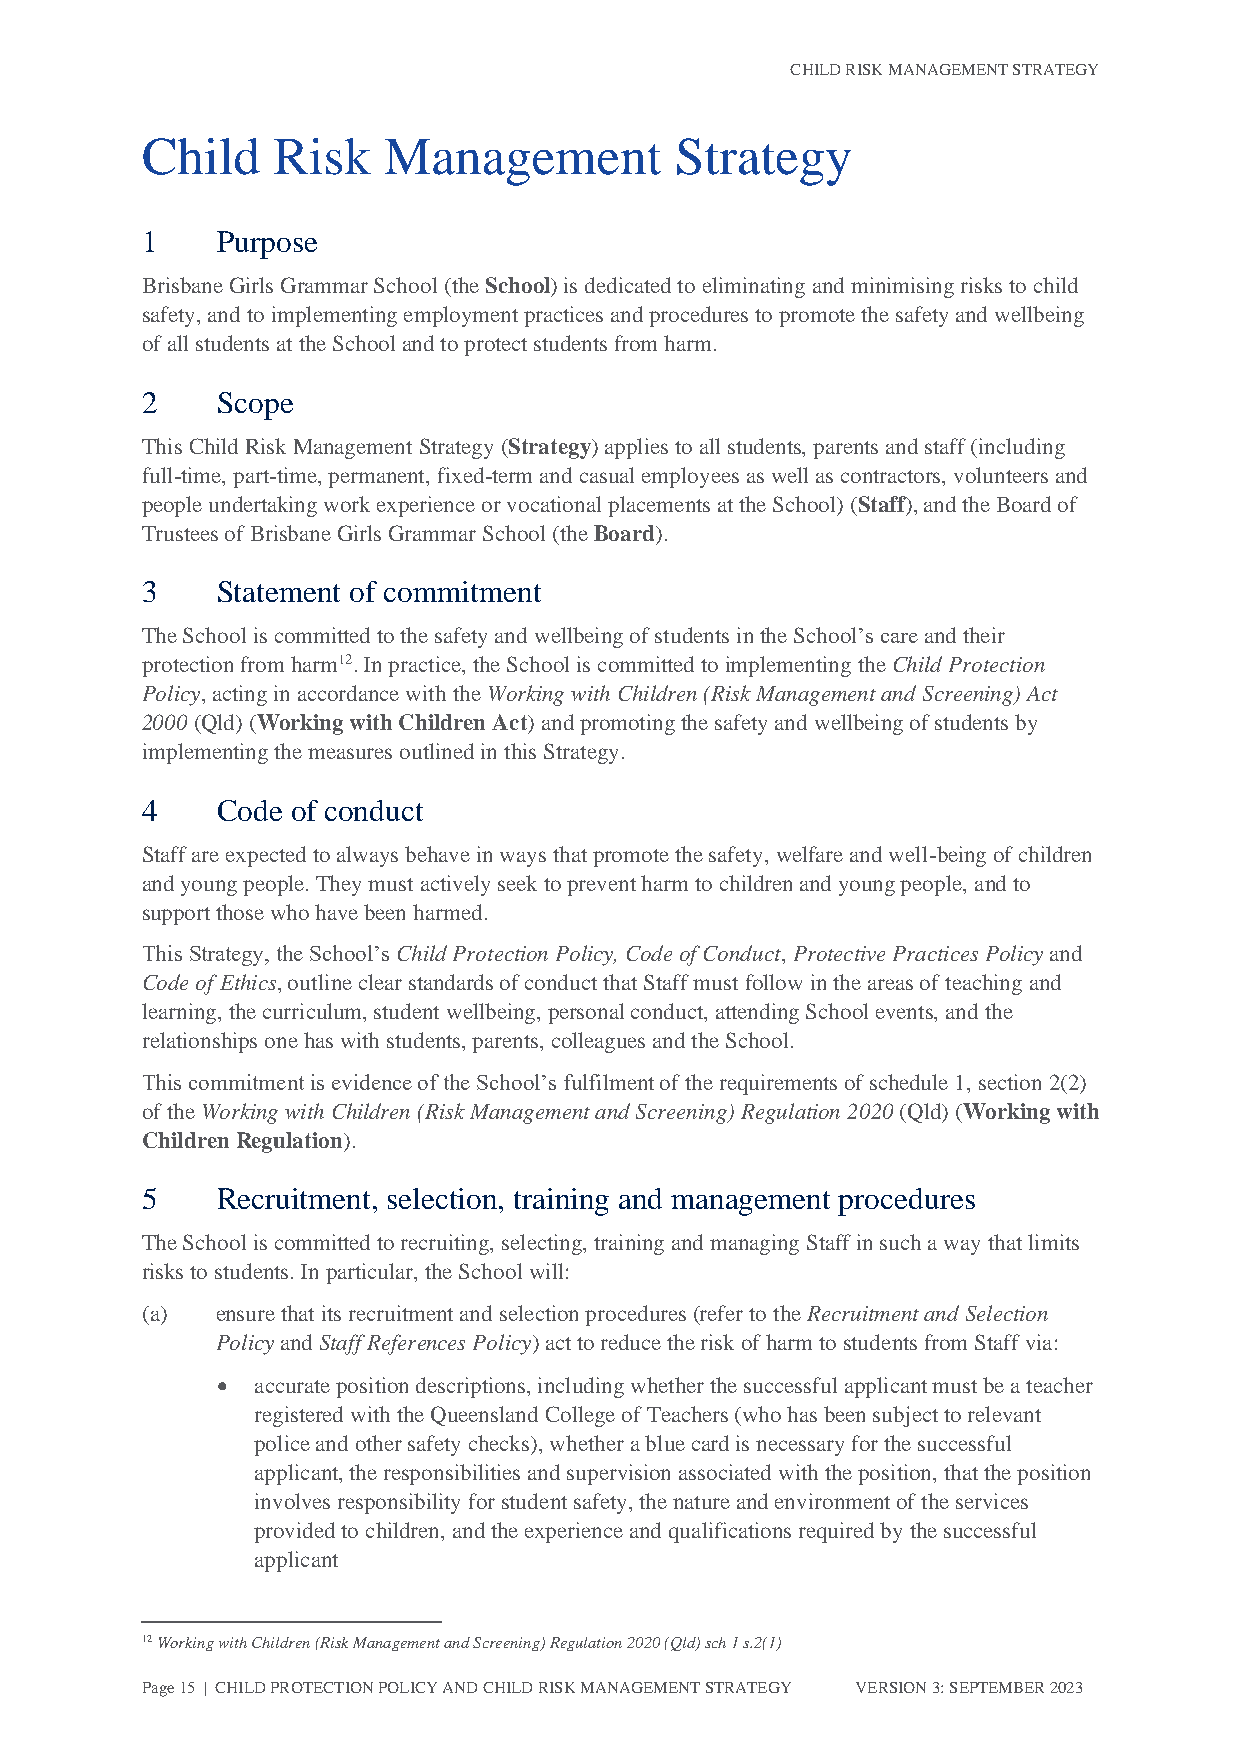
CHILD RISK MANAGEMENT STRATEGY
 Child    Risk   Management          Strategy
 1    Purpose
 Brisbane Girls Grammar School (the School) is dedicated to eliminating and minimising risks to child
 safety, and to implementing employment practices and procedures to promote the safety and wellbeing
 of all students at the School and to protect students from harm.
 2    Scope
 This Child Risk Management Strategy (Strategy) applies to all students, parents and staff (including
 full-time, part-time, permanent, fixed-term and casual employees as well as contractors, volunteers and
 people undertaking work experience or vocational placements at the School) (Staff), and the Board of
 Trustees of Brisbane Girls Grammar School (the Board).
 3    Statement of commitment
 The School is committed to the safety and wellbeing of students in the School’s care and their
 protection from harm12. In practice, the School is committed to implementing the Child Protection
 Policy, acting in accordance with the Working with Children (Risk Management and Screening) Act
 2000 (Qld) (Working with Children Act) and promoting the safety and wellbeing of students by
 implementing the measures outlined in this Strategy.
 4    Code of conduct
 Staff are expected to always behave in ways that promote the safety, welfare and well-being of children
 and young people. They must actively seek to prevent harm to children and young people, and to
 support those who have been harmed.
 This Strategy, the School’s Child Protection Policy, Code of Conduct, Protective Practices Policy and
 Code of Ethics, outline clear standards of conduct that Staff must follow in the areas of teaching and
 learning, the curriculum, student wellbeing, personal conduct, attending School events, and the
 relationships one has with students, parents, colleagues and the School.
 This commitment is evidence of the School’s fulfilment of the requirements of schedule 1, section 2(2)
 of the Working with Children (Risk Management and Screening) Regulation 2020 (Qld) (Working with
 Children Regulation).
 5    Recruitment, selection, training and management procedures
 The School is committed to recruiting, selecting, training and managing Staff in such a way that limits
 risks to students. In particular, the School will:
 (a)  ensure that its recruitment and selection procedures (refer to the Recruitment and Selection
 Policy and Staff References Policy) act to reduce the risk of harm to students from Staff via:
 •  accurate position descriptions, including whether the successful applicant must be a teacher
 registered with the Queensland College of Teachers (who has been subject to relevant
 police and other safety checks), whether a blue card is necessary for the successful
 applicant, the responsibilities and supervision associated with the position, that the position
 involves responsibility for student safety, the nature and environment of the services
 provided to children, and the experience and qualifications required by the successful
 applicant
 12 Working with Children (Risk Management and Screening) Regulation 2020 (Qld) sch 1 s.2(1)
 Page 15 | CHILD PROTECTION POLICY AND CHILD RISK MANAGEMENT STRATEGY VERSION 3: SEPTEMBER 2023